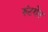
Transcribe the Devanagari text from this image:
रुंटगेन